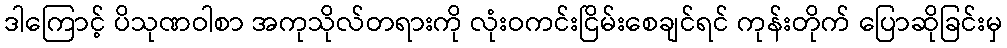
ဒါကြောင့် ပိသုဏဝါစာ အကုသိုလ်တရားကို လုံးဝကင်းငြိမ်းစေချင်ရင် ကုန်းတိုက် ပြောဆိုခြင်းမှ